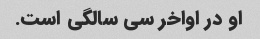
او در اواخر سی سالگی است.